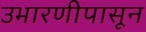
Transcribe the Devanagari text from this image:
उभारणीपासून